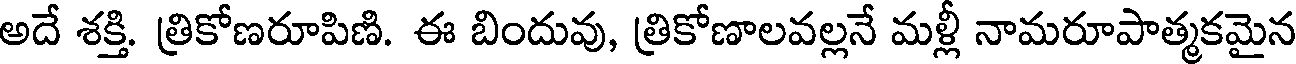
అదే శక్తి. త్రికోణరూపిణి. ఈ బిందువు, త్రికోణాలవల్లనే మళ్లీ నామరూపాత్మకమైన